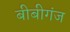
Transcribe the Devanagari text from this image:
बीबीगंज